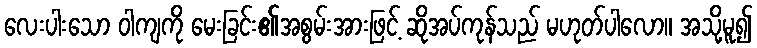
လေးပါးသော ဝါကျကို မေးခြင်း၏အစွမ်းအားဖြင့် ဆိုအပ်ကုန်သည် မဟုတ်ပါလော။ အသို့မူ၍